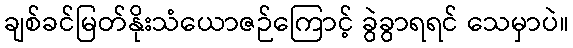
ချစ်ခင်မြတ်နိုးသံယောဇဉ်ကြောင့် ခွဲခွာရရင် သေမှာပဲ။